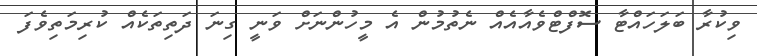
ވިކުރާ ބަލަހައްޓާ ސޮފްޓްވެއާއެއް ނެތުމުން އެ މީހުންނަށް ވަނީ ގިނަ ދަތިތަކެއް ކުރިމަތިވެފަ